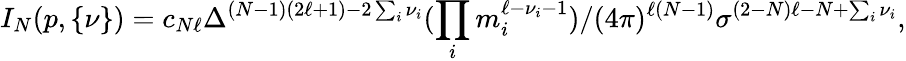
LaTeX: I_{N}(p,\{ \nu\} )=c_{N\ell}\Delta^{(N-1)(2\ell+1)-2\sum_{i}\nu_{i}}(\prod_{i}m_{i}^{\ell-\nu_{i}-1})/(4\pi)^{\ell(N-1)}\sigma^{(2-N)\ell-N+\sum_{i}\nu_{i}},